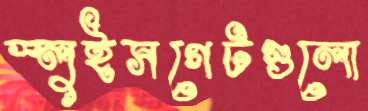
স্লুইসগেটগুলো